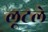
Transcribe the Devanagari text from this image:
लूटले